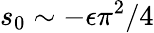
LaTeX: s_{0}\sim-\epsilon\pi^{2}/4